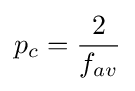
p_{c}={\frac {2}{f_{av}}}